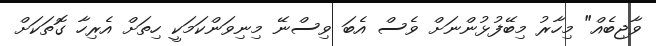
ވާޖިބެއް" މިހާރު މިބޭފުޅުންނަށް ވެސް އެބަ ވިސްނޭ މިނިވަންކަމަކީ ހިތަށް އެރިހާ ގޮތަކަށް